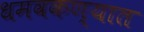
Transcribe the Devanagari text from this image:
धमवकण्यात